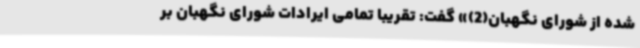
شده از شورای نگهبان(2)» گفت: تقریبا تمامی ایرادات شورای نگهبان بر